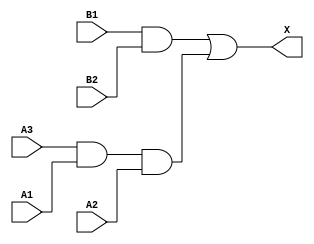
module sky130_fd_sc_hd__a32o (
    X ,
    A1,
    A2,
    A3,
    B1,
    B2
);

    // Module ports
    output X ;
    input  A1;
    input  A2;
    input  A3;
    input  B1;
    input  B2;

    // Local signals
    wire and0_out ;
    wire and1_out ;
    wire or0_out_X;

    //  Name  Output     Other arguments
    and and0 (and0_out , A3, A1, A2        );
    and and1 (and1_out , B1, B2            );
    or  or0  (or0_out_X, and1_out, and0_out);
    buf buf0 (X        , or0_out_X         );

endmodule